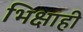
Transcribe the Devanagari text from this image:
भिक्षाही